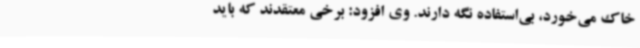
خاک می‌خورد، بی‌استفاده نگه دارند. وی افزود: برخی معتقدند که باید